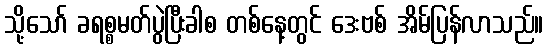
သို့သော် ခရစ္စမတ်ပွဲပြီးခါစ တစ်နေ့တွင် ဒေးဗစ် အိမ်ပြန်လာသည်။